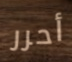
أحرر